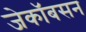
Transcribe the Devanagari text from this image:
जेकॉबसन